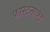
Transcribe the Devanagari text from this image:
फास्टनाक्ट